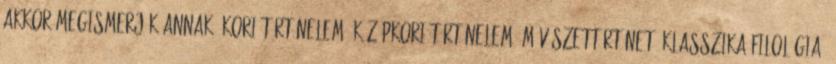
Akkor megismerjék annak ókori történelem, középkori történelem, művészettörténet, klasszika-filológia,